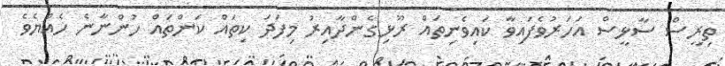
ތިރީސް ސާޅީސް އަހަރުވެފައިވާ ކައިވެނިތައް ރޫޅިގެންދާއިރު މިފަދަ ކިތައް ކަންތައް ހުންނާނެ ހެއްޔެވެ